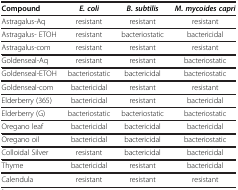
<table><thead><tr><td><b>Compound</b></td><td><b><i>E. coli</i></b></td><td><b><i>B. subtilis</i></b></td><td><b><i>M. mycoides capri</i></b></td></tr></thead><tbody><tr><td>Astragalus-Aq</td><td>resistant</td><td>resistant</td><td>resistant</td></tr><tr><td>Astragalus- ETOH</td><td>resistant</td><td>bacteriostatic</td><td>bactericidal</td></tr><tr><td>Astragalus-com</td><td>resistant</td><td>resistant</td><td>resistant</td></tr><tr><td>Goldenseal-Aq</td><td>resistant</td><td>resistant</td><td>bacteriostatic</td></tr><tr><td>Goldenseal-ETOH</td><td>bacteriostatic</td><td>bactericidal</td><td>bacteriostatic</td></tr><tr><td>Goldenseal-com</td><td>bactericidal</td><td>resistant</td><td>resistant</td></tr><tr><td>Elderberry (365)</td><td>bactericidal</td><td>resistant</td><td>bactericidal</td></tr><tr><td>Elderberry (G)</td><td>bacteriostatic</td><td>bacteriostatic</td><td>bacteriostatic</td></tr><tr><td>Oregano leaf</td><td>bactericidal</td><td>bactericidal</td><td>bactericidal</td></tr><tr><td>Oregano oil</td><td>bactericidal</td><td>bactericidal</td><td>bacteriostatic</td></tr><tr><td>Colloidal Silver</td><td>resistant</td><td>bactericidal</td><td>bactericidal</td></tr><tr><td>Thyme</td><td>bactericidal</td><td>resistant</td><td>bactericidal</td></tr><tr><td>Calendula</td><td>resistant</td><td>resistant</td><td>resistant</td></tr></tbody></table>